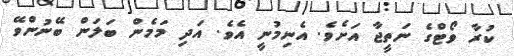
ކުރާ ވޯޓްގެ ނަތީޖާ އަށެވެ. އެނިމުނީ އެވެ. އަދި މަމެން ބަލަން ބޭނުންވޭ